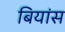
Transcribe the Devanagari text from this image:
बियांस